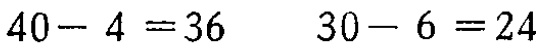
\(40 - 4 = 36\)  \(30 - 6 = 24\)